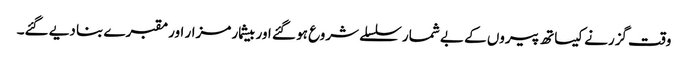
وقت گزرنے کیساتھ پیروں کے بے شمار سلسلے شروع ہو گئے اور بیشمار مزار اور مقبرے بنا دیے گئے۔